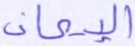
الإيمان